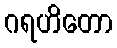
ဂရဟိတော